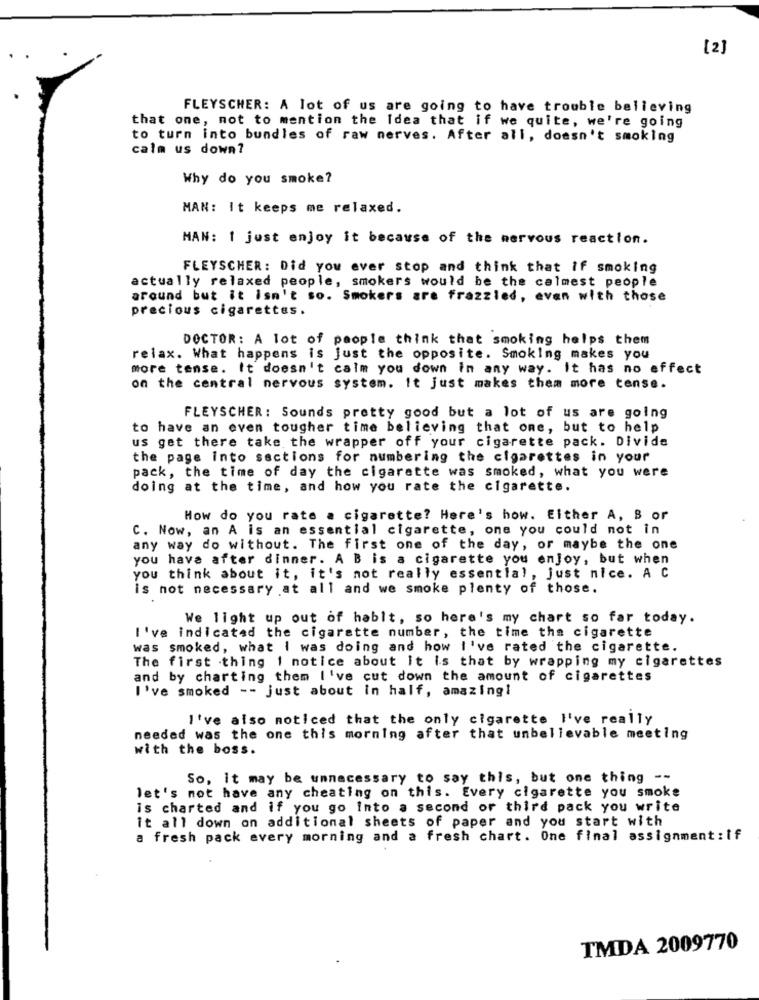
[2]
FLEYSCHER: A lot of us are going to have trouble believing
that one, not to mention the Idea that if we quite, we're going
to turn into bundles of raw nerves. After all, doesn't smoking
calm us down?
Why do you smoke?
MAN: It keeps me relaxed.
MAN: 1 just enjoy it because of the nervous reaction.
FLEYSCHER: Did you ever stop and think that if smoking
actually relaxed people, smokers would be the calmest people
around but it isn't so. Smokers are frazzled, even with those
precious cigarettes.
DOCTOR: A lot of people think that smoking helps them
relax. What happens is just the opposite. Smoking makes you
more tense. It doesn't calm you down in any way. It has no effect
on the central nervous system. It Just makes them more tense.
FLEYSCHER: Sounds pretty good but a lot of us are going
to have an even tougher time believing that one, but to help
us get there take the wrapper off your cigarette pack. Divide
the page into sactions for numbering the cigarettes in your
pack, the time of day the cigarette was smoked, what you were
doing at the time, and how you rate the cigarette.
How do you rate a cigarette? Here's how. Either A, B or
C. Now, an A is an essential cigarette, one you could not in
any way do without. The first one of the day, or maybe the one
you have after dinner. A B is a cigarette you enjoy, but when
you think about it, it's not really essential, just nice. A C
is not necessary at all and we smoke plenty of those.
We light up out of hablt, so here's my chart so far today.
I've indicated the cigarette number, the time tha cigarette
was smoked, what I was doing and how I've rated the cigarette.
The first thing 1 notice about it is that by wrapping my cigarettes
and by charting them I've cut down the amount of cigarettes
I've smoked -- just about in half, amazing!
I've also noticed that the only cigarette I've really
needed was the one this morning after that unbelievable meeting
with the boss.
So, it may be unnecessary to say this, but one thing --
let's not have any cheating on this. Every cigarette you smoke
is charted and if you go into a second or third pack you write
it all down on additional sheets of paper and you start with
a fresh pack every morning and a fresh chart. One final assignment: if
TMDA 2009770